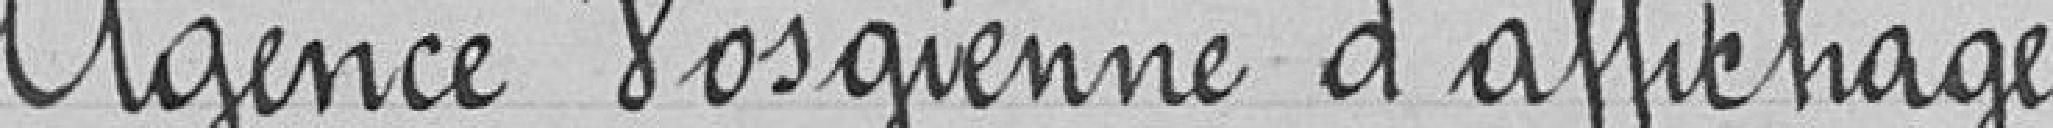
Agence Vosgienne d'affichage.